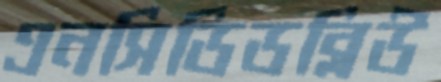
এনসিডিডব্লিউ